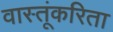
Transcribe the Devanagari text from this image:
वास्तूंकरिता